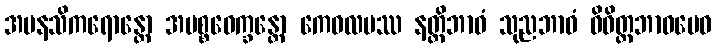
အမနသိကရောန္တော အပစ္စဝေက္ခန္တော ကေဝလမဿ နတ္ထိဘာဝံ သုညဘာဝံ ဝိဝိတ္တဘာဝမေဝ